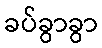
ခပ်ခွာခွာ